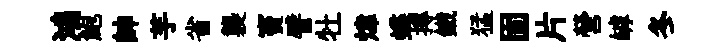
鴻鮑帥芋省襲竇譬牡煒蝶摶鐵猛固片營罅冬